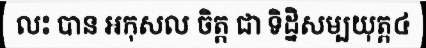
លះ បាន អកុសល ចិត្ត ជា ទិដ្និសម្បយុត្ត៤